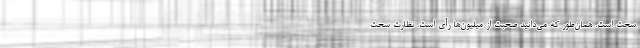
سخت است. همان‌طور که می‌دانید صحبت از میلیون‌ها رأی است. نظارت سخت